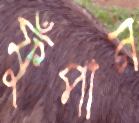
ফুঁপান